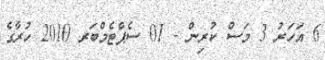
6 އަހަރު 3 މަސް ކުރިން - 01 ސެޕްޓެމްބަރ 2010 ހުރާގެ